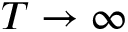
T \rightarrow \infty